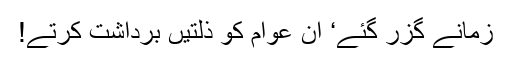
زمانے گزر گئے‘ ان عوام کو ذلتیں برداشت کرتے!